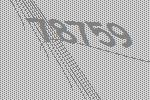
78759